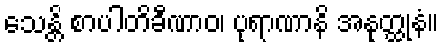
သေန္တိ စာပါတိခီဏာဝ၊ ပုရာဏာနိ အနုတ္ထုနံ။